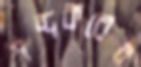
শব্দকরের